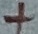
Text: +